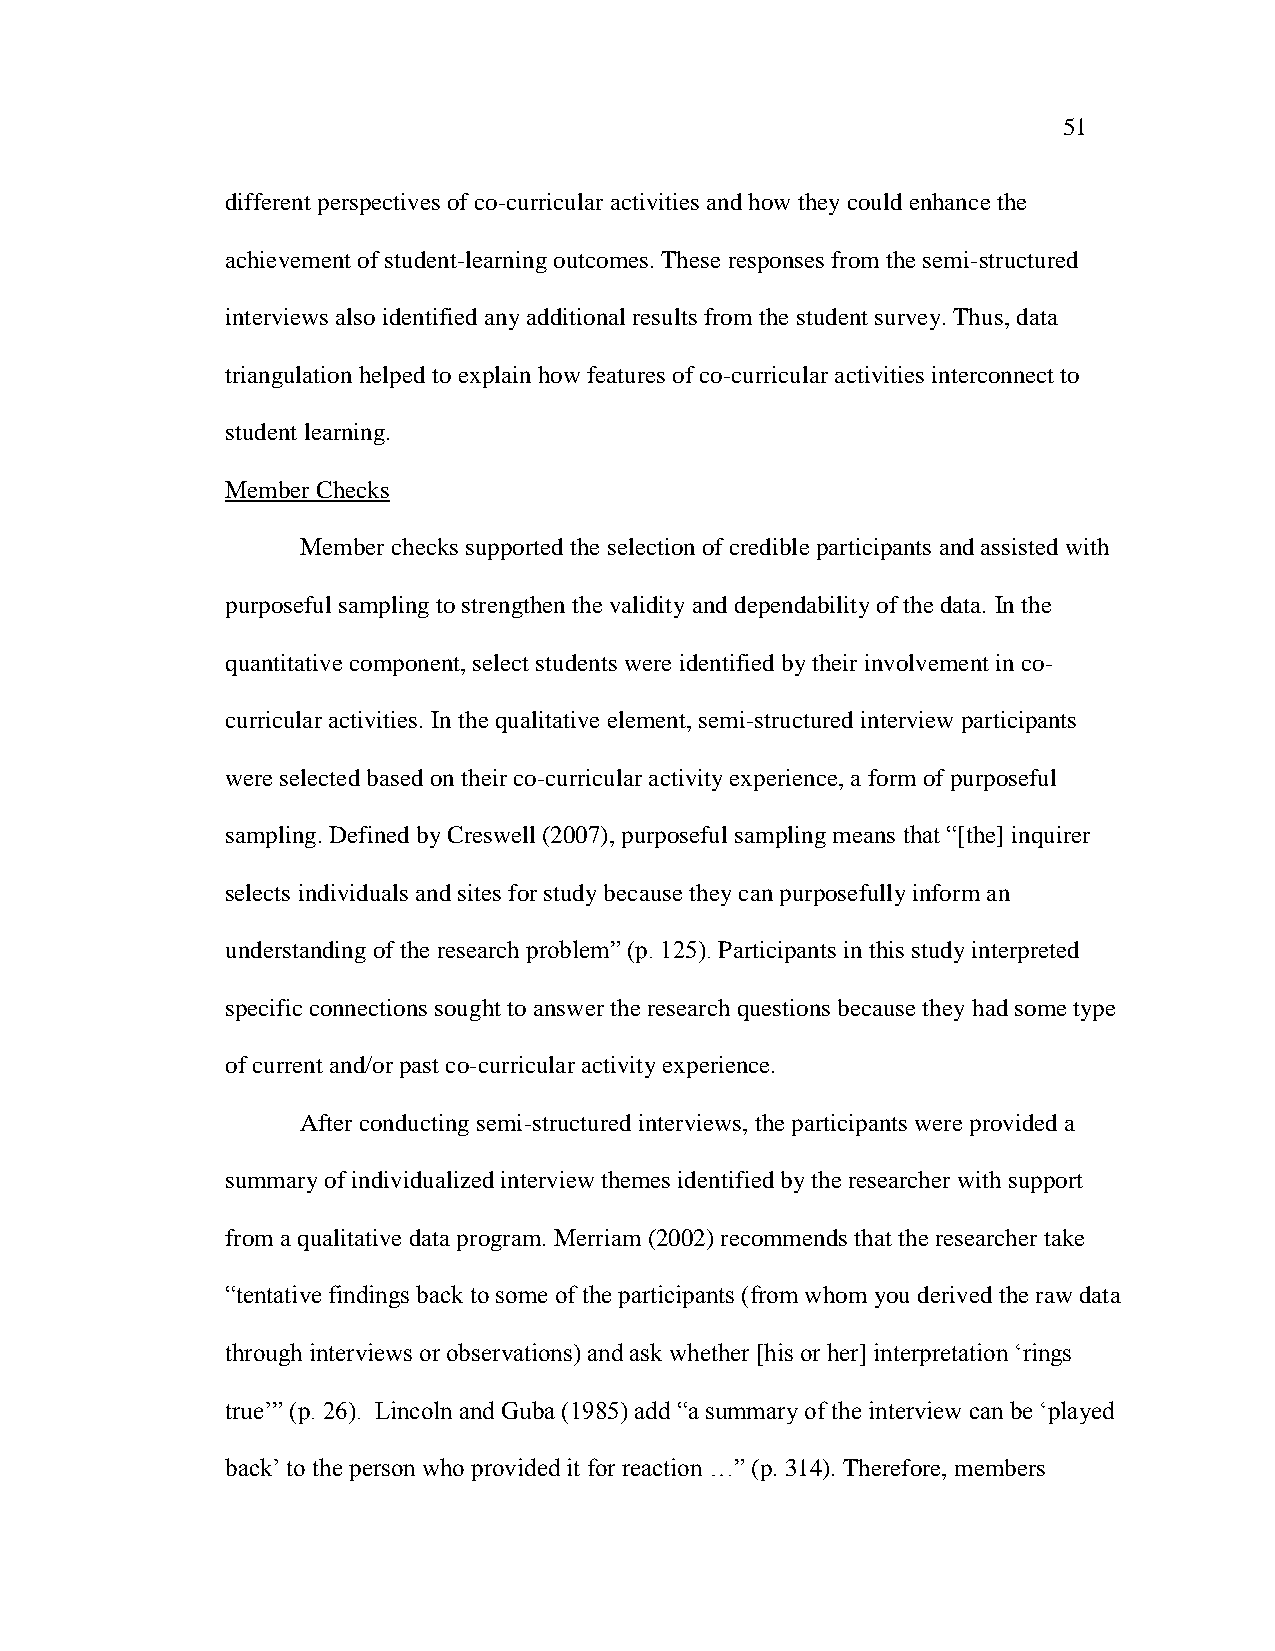
51
 different perspectives of co-curricular activities and how they could enhance the
 achievement of student-learning outcomes. These responses from the semi-structured
 interviews also identified any additional results from the student survey. Thus, data
 triangulation helped to explain how features of co-curricular activities interconnect to
 student learning.
 Member Checks
 Member checks supported the selection of credible participants and assisted with
 purposeful sampling to strengthen the validity and dependability of the data. In the
 quantitative component, select students were identified by their involvement in co-
 curricular activities. In the qualitative element, semi-structured interview participants
 were selected based on their co-curricular activity experience, a form of purposeful
 sampling. Defined by Creswell (2007), purposeful sampling means that ―[the] inquirer
 selects individuals and sites for study because they can purposefully inform an
 understanding of the research problem‖ (p. 125). Participants in this study interpreted
 specific connections sought to answer the research questions because they had some type
 of current and/or past co-curricular activity experience.
 After conducting semi-structured interviews, the participants were provided a
 summary of individualized interview themes identified by the researcher with support
 from a qualitative data program. Merriam (2002) recommends that the researcher take
 ―tentative findings back to some of the participants (from whom you derived the raw data
 through interviews or observations) and ask whether [his or her] interpretation ‗rings
 true‘‖ (p. 26). Lincoln and Guba (1985) add ―a summary of the interview can be ‗played
 back‘ to the person who provided it for reaction …‖ (p. 314). Therefore, members